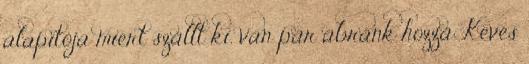
alapítója miért szállt ki, van pár ábránk hozzá Kevés